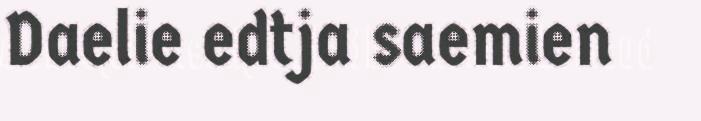
Daelie edtja saemien